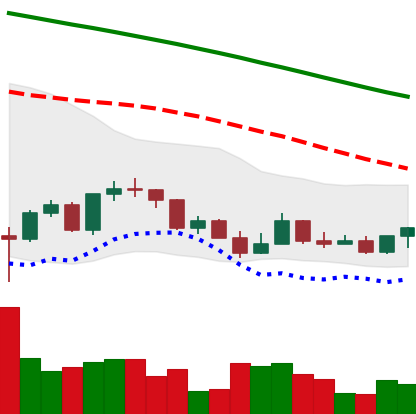
Ticker: LINK-USD
Chart end date: 2022-03-15
Forward return: 6.109%
Label: up_5_7